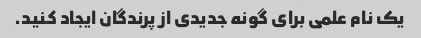
یک نام علمی برای گونه جدیدی از پرندگان ایجاد کنید.